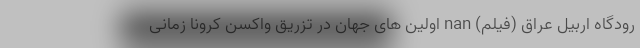
رودگاه اربیل عراق (فیلم) nan اولین های جهان در تزریق واکسن کرونا زمانی